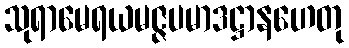
သုရာမေရယမဇ္ဇပမာဒဋ္ဌာနဟေတု